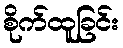
စိုက်ထူခြင်း